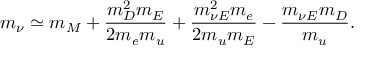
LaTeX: m _ { \nu } \simeq m _ { M } + { \frac { m _ { D } ^ { 2 } m _ { E } } { 2 m _ { e } m _ { u } } } + { \frac { m _ { \nu E } ^ { 2 } m _ { e } } { 2 m _ { u } m _ { E } } } - { \frac { m _ { \nu E } m _ { D } } { m _ { u } } } .